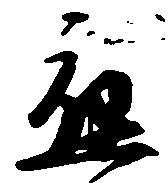
応